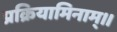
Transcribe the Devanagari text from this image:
प्रक्रियामिनाम्।।